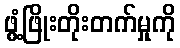
ဖွံ့ဖြိုးတိုးတက်မှုကို